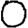
Digit: 0